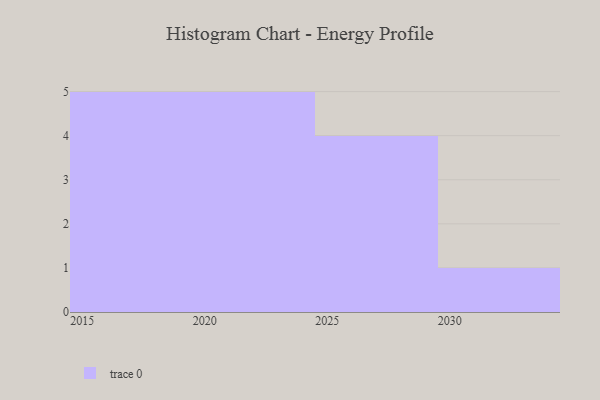
{"axis": {"x": "Year", "y": "Inventory Turnover"}, "legend": [""], "data": [{"x": "2026", "y": 4, "type": ""}, {"x": "2024", "y": 72, "type": ""}, {"x": "2015", "y": 26, "type": ""}, {"x": "2023", "y": 20, "type": ""}, {"x": "2016", "y": 55, "type": ""}, {"x": "2017", "y": 34, "type": ""}, {"x": "2021", "y": 57, "type": ""}, {"x": "2018", "y": 20, "type": ""}, {"x": "2027", "y": 97, "type": ""}, {"x": "2020", "y": 13, "type": ""}, {"x": "2025", "y": 69, "type": ""}, {"x": "2019", "y": 52, "type": ""}, {"x": "2022", "y": 26, "type": ""}, {"x": "2029", "y": 90, "type": ""}, {"x": "2030", "y": 29, "type": ""}]}